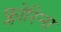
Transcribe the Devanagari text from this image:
फ्लोरिना